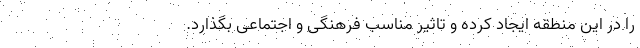
را در این منطقه ایجاد کرده و تاثیر مناسب فرهنگی و اجتماعی بگذارد.